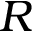
R